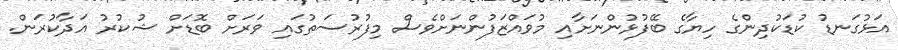
އަޅުގަނޑު ކުޑަކުދިންގެ ހިޔާގެ ބޭފުޅުންނަށާއި މުވައްޒަފުންނަށްވެސް މިފުރުސަތުގައި ވަރަށް ބޮޑަށް ޝުކުރު އަދާކުރަން.